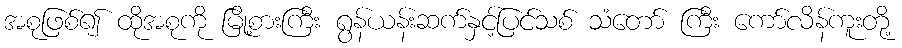
အစုဖြစ်၍ ထိုအစုကို မြို့စားကြီး ရွန်ယန်းဆက်နှင့်ပြင်သစ် သံတော် ကြီး ကော်လိန်ကူးတို့